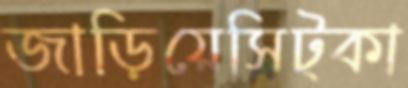
জাড়িয়েসিট্‌কা